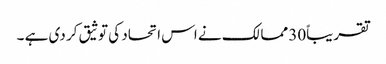
تقریباً30 ممالک نے اس اتحاد کی توثیق کر دی ہے ۔